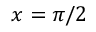
x = \pi / 2